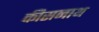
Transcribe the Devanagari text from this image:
कीसनाथ